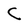
Character: C